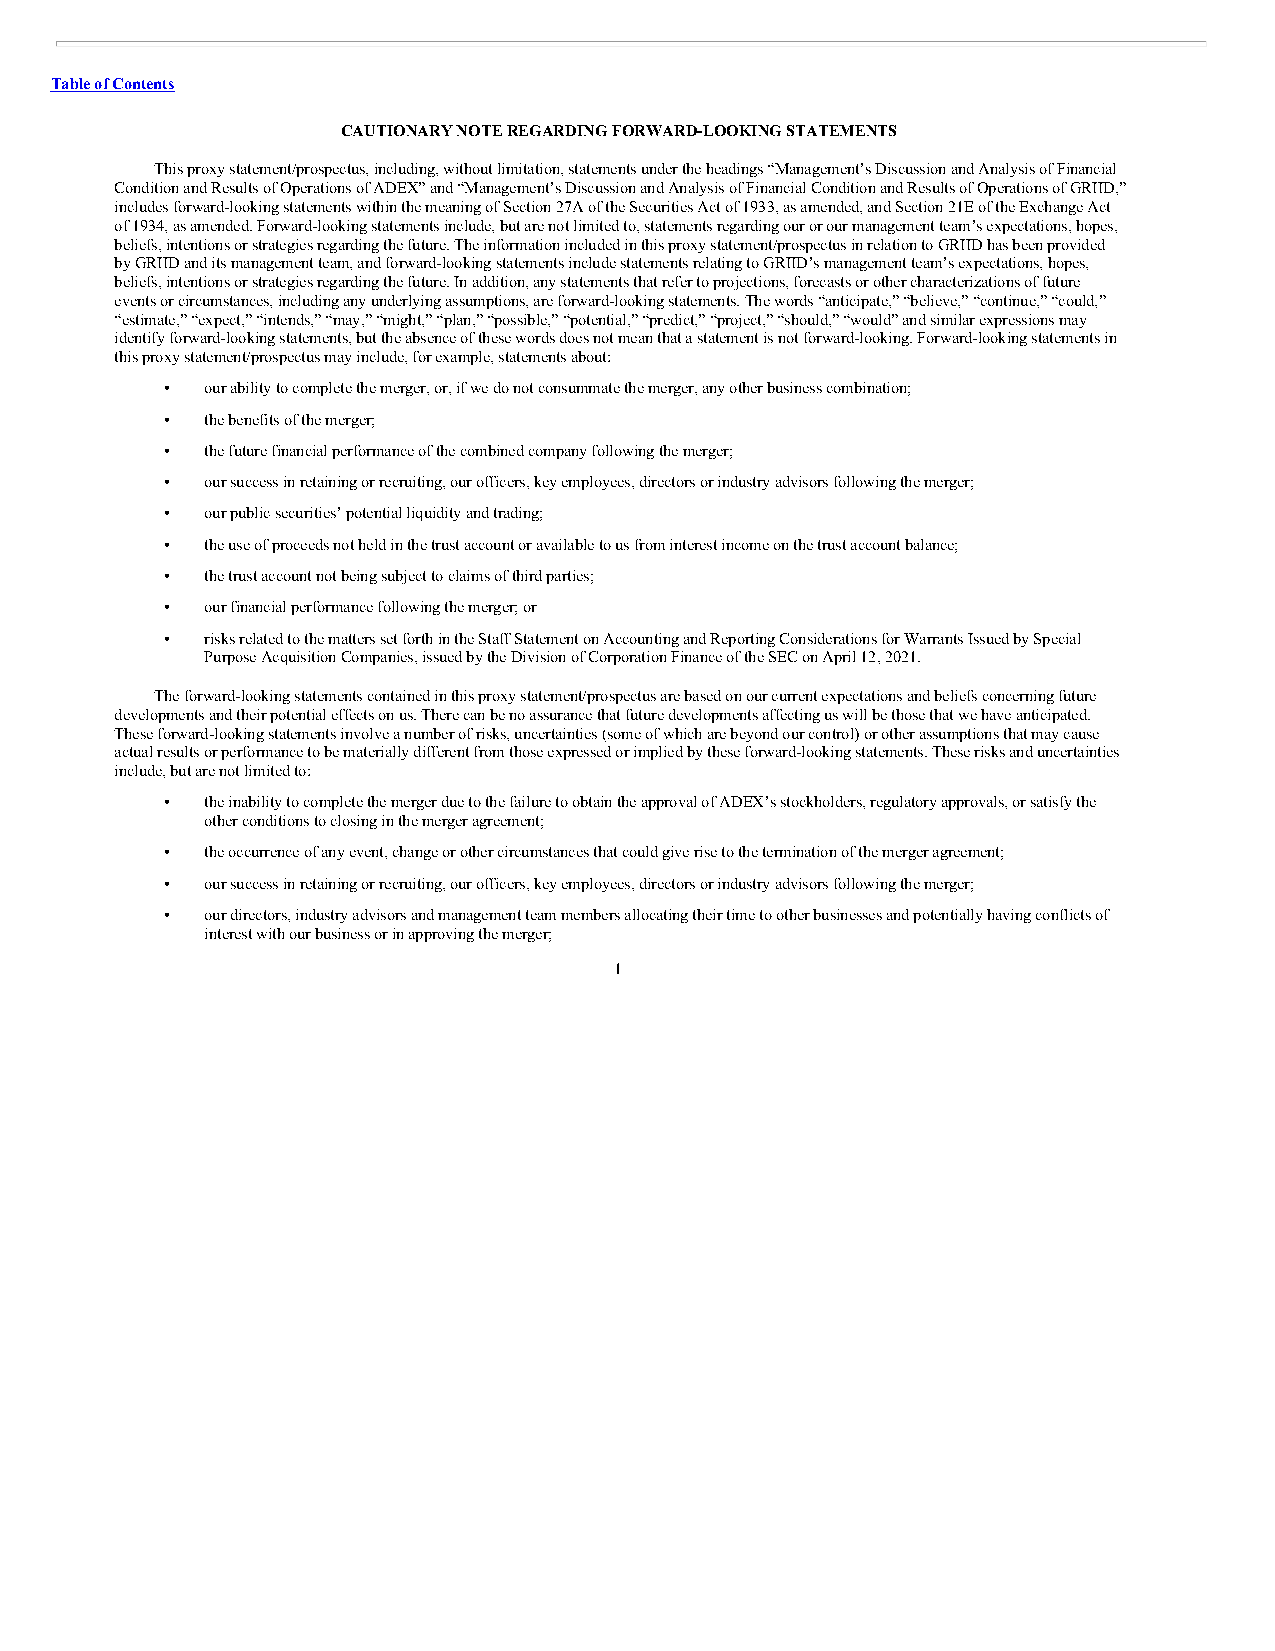
Table of Contents
 CAUTIONARY NOTE REGARDING FORWARD-LOOKING STATEMENTS
 This proxy statement/prospectus, including, without limitation, statements under the headings “Management’s Discussion and Analysis of Financial
 Condition and Results of Operations of ADEX” and “Management’s Discussion and Analysis of Financial Condition and Results of Operations of GRIID,”
 includes forward-looking statements within the meaning of Section 27A of the Securities Act of 1933, as amended, and Section 21E of the Exchange Act
 of 1934, as amended. Forward-looking statements include, but are not limited to, statements regarding our or our management team’s expectations, hopes,
 beliefs, intentions or strategies regarding the future. The information included in this proxy statement/prospectus in relation to GRIID has been provided
 by GRIID and its management team, and forward-looking statements include statements relating to GRIID’s management team’s expectations, hopes,
 beliefs, intentions or strategies regarding the future. In addition, any statements that refer to projections, forecasts or other characterizations of future
 events or circumstances, including any underlying assumptions, are forward-looking statements. The words “anticipate,” “believe,” “continue,” “could,”
 “estimate,” “expect,” “intends,” “may,” “might,” “plan,” “possible,” “potential,” “predict,” “project,” “should,” “would” and similar expressions may
 identify forward-looking statements, but the absence of these words does not mean that a statement is not forward-looking. Forward-looking statements in
 this proxy statement/prospectus may include, for example, statements about:
 •  our ability to complete the merger, or, if we do not consummate the merger, any other business combination;
 •  the benefits of the merger;
 •  the future financial performance of the combined company following the merger;
 •  our success in retaining or recruiting, our officers, key employees, directors or industry advisors following the merger;
 •  our public securities’ potential liquidity and trading;
 •  the use of proceeds not held in the trust account or available to us from interest income on the trust account balance;
 •  the trust account not being subject to claims of third parties;
 •  our financial performance following the merger; or
 •  risks related to the matters set forth in the Staff Statement on Accounting and Reporting Considerations for Warrants Issued by Special
 Purpose Acquisition Companies, issued by the Division of Corporation Finance of the SEC on April 12, 2021.
 The forward-looking statements contained in this proxy statement/prospectus are based on our current expectations and beliefs concerning future
 developments and their potential effects on us. There can be no assurance that future developments affecting us will be those that we have anticipated.
 These forward-looking statements involve a number of risks, uncertainties (some of which are beyond our control) or other assumptions that may cause
 actual results or performance to be materially different from those expressed or implied by these forward-looking statements. These risks and uncertainties
 include, but are not limited to:
 •  the inability to complete the merger due to the failure to obtain the approval of ADEX’s stockholders, regulatory approvals, or satisfy the
 other conditions to closing in the merger agreement;
 •  the occurrence of any event, change or other circumstances that could give rise to the termination of the merger agreement;
 •  our success in retaining or recruiting, our officers, key employees, directors or industry advisors following the merger;
 •  our directors, industry advisors and management team members allocating their time to other businesses and potentially having conflicts of
 interest with our business or in approving the merger;
 1